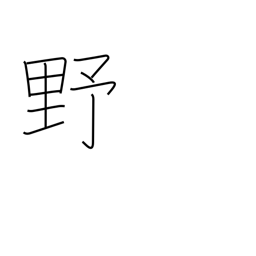
Meaning: plains